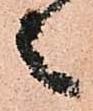
之